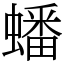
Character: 蟠